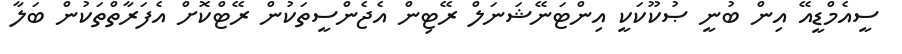
ސީއެމްޑީއޭ އިން ބުނީ ޞުކޫކަކީ އިންޓަނޭޝަނަލް ރޭޓިން އެޖެންސީތަކުން ރޭޓްކޮށް އެފަރާތްތަކުން ބަލާ